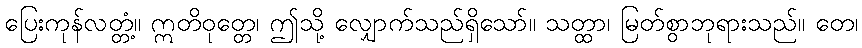
ပြေးကုန်လတ္တံ့။ ဣတိဝုတ္တေ၊ ဤသို့ လျှောက်သည်ရှိသော်။ သတ္ထာ၊ မြတ်စွာဘုရားသည်။ တေ၊